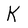
Character: K